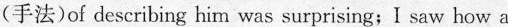
(手法)of describing him was surprising;I saw how a